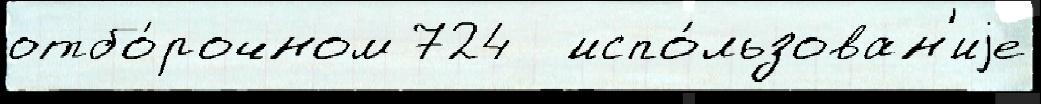
отбо́рочном 724  испо́льзован'иjе